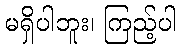
မရှိပါဘူး၊ ကြည့်ပါ